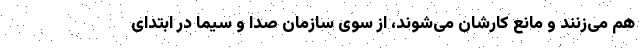
هم می‌زنند و مانع کارشان می‌شوند، از سوی سازمان صدا و سیما در ابتدای